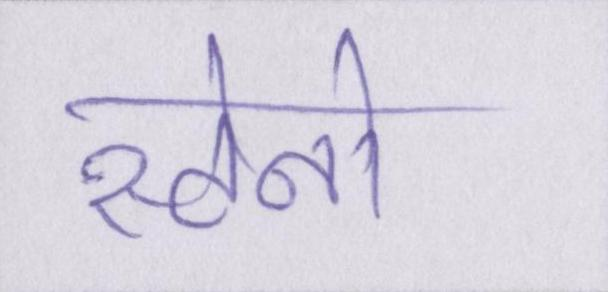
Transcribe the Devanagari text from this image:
स्टेनो